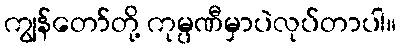
ကျွန်တော်တို့ ကုမ္ပဏီမှာပဲလုပ်တာပါ။